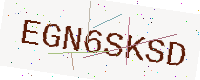
Text: EGN6SKSD